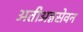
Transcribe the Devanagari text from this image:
अतीअन्नसेवन